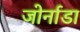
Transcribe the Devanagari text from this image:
जोर्नाडा